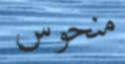
منحوس